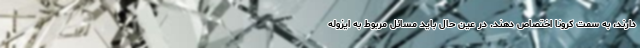
دارند، به سمت کرونا اختصاص دهند. در عین حال باید مسائل مربوط به ایزوله